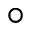
^ \circ